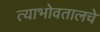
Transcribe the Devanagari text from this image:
त्याभोवतालचे